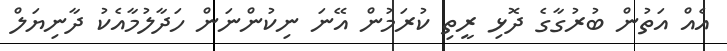
އެއް އަތުން ބުރުގާގެ ދޮޅި ރީތި ކުރަމުން އޭނަ ނިކުންނަން ހަދާލުމާއެކު ދާނިޔަލް